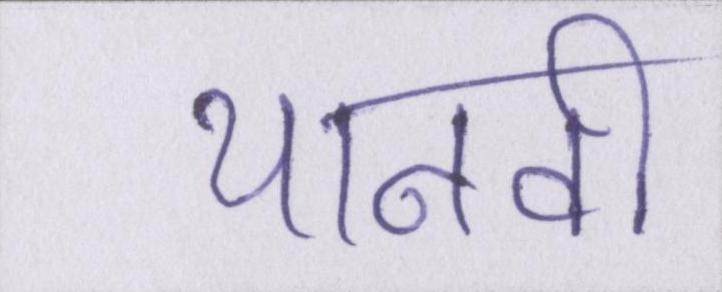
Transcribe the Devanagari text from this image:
थानवी